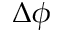
\Delta \phi